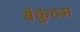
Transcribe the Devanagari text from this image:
बैकुंठम